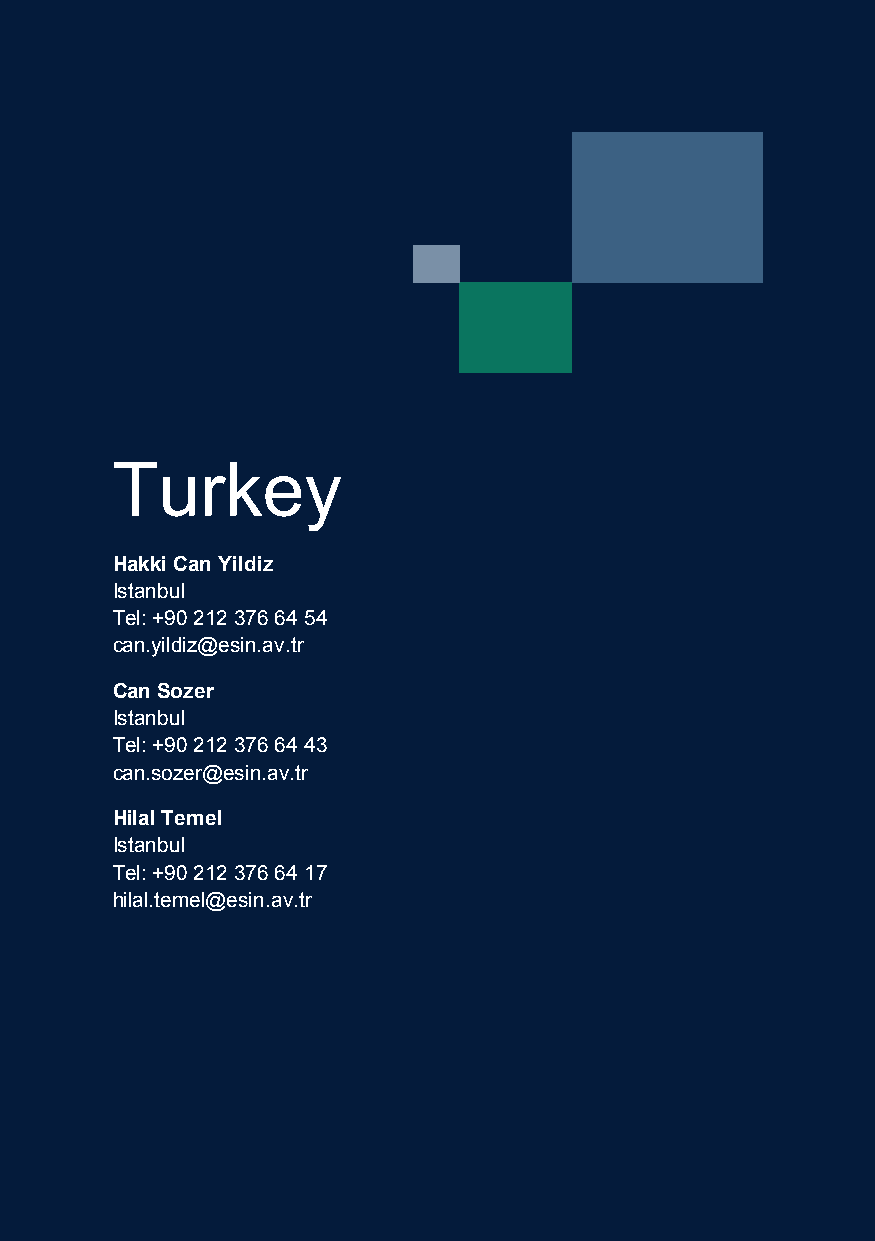
Turkey
 Hakki Can Yildiz
 Istanbul
 Tel: +90 212 376 64 54
 can.yildiz@esin.av.tr
 Can Sozer
 Istanbul
 Tel: +90 212 376 64 43
 can.sozer@esin.av.tr
 Hilal Temel
 Istanbul
 Tel: +90 212 376 64 17
 hilal.temel@esin.av.tr